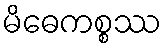
မိဓေကစ္စဿ